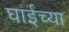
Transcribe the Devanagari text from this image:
घाईच्या